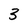
Character: 3